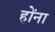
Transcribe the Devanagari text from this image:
होंना